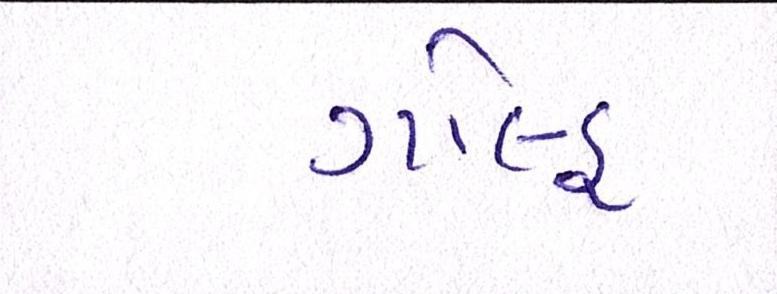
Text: ગોલ્ફ